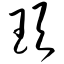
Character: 顼